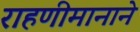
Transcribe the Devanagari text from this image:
राहणीमानाने